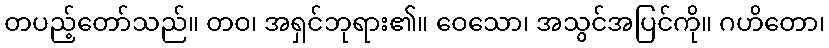
တပည့်တော်သည်။ တဝ၊ အရှင်ဘုရား၏။ ဝေသော၊ အသွင်အပြင်ကို။ ဂဟိတော၊